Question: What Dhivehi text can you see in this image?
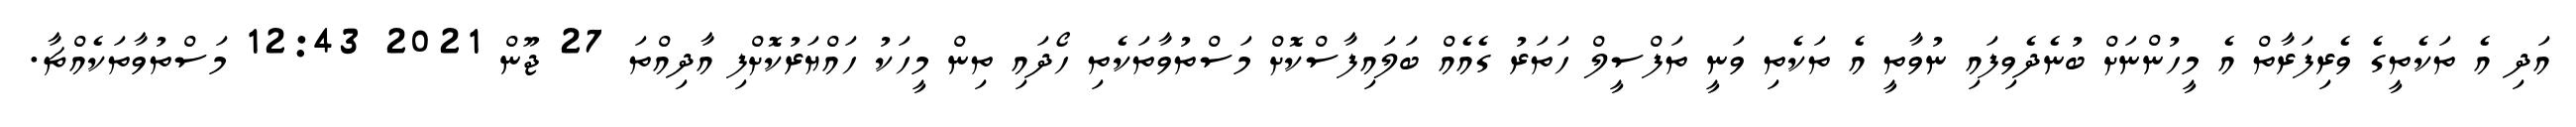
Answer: އަދި އެ ތަކެތީގެ ވެރިފަރާތް އެ މީހުންނަށް ބުނެދެވިފައި ނުވާތީ އެ ތަކެތި ވަނީ ތަފްސީލް ހަތަރު ގެއެއް ބަލައިފާސްކޮށް މަސްތުވާތަކެތި ހޯދައި ތިން މީހަކު ހައްޔަރުކޮށްފި އާދިއްތަ 27 ޖޫން 2021 12:43 މަސްތުވާތަކެއްޗާ.